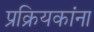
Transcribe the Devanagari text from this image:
प्रक्रियकांना